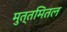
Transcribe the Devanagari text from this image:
मुत्तमितल